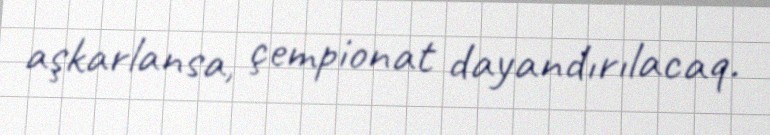
aşkarlansa, çempionat dayandırılacaq.